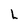
Character: L